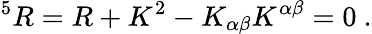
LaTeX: ^5R=R+K^{2}-K_{\alpha\beta}K^{\alpha\beta}=0~.